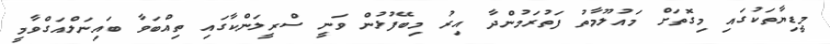
މީޑިޔާތަކުގައި މިގޮތަށް މައުލޫމާތު ފަތުރަމުންދާ އިރު މިބޭފުޅުން ވަނީ ސްރީލަންކާގައި ތިއްބަވާ ބައިނަލްއަގްވާމީ